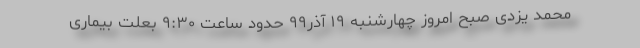
محمد یزدی صبح امروز چهارشنبه ۱۹ آذر۹۹ حدود ساعت ۹:۳۰ بعلت بیماری